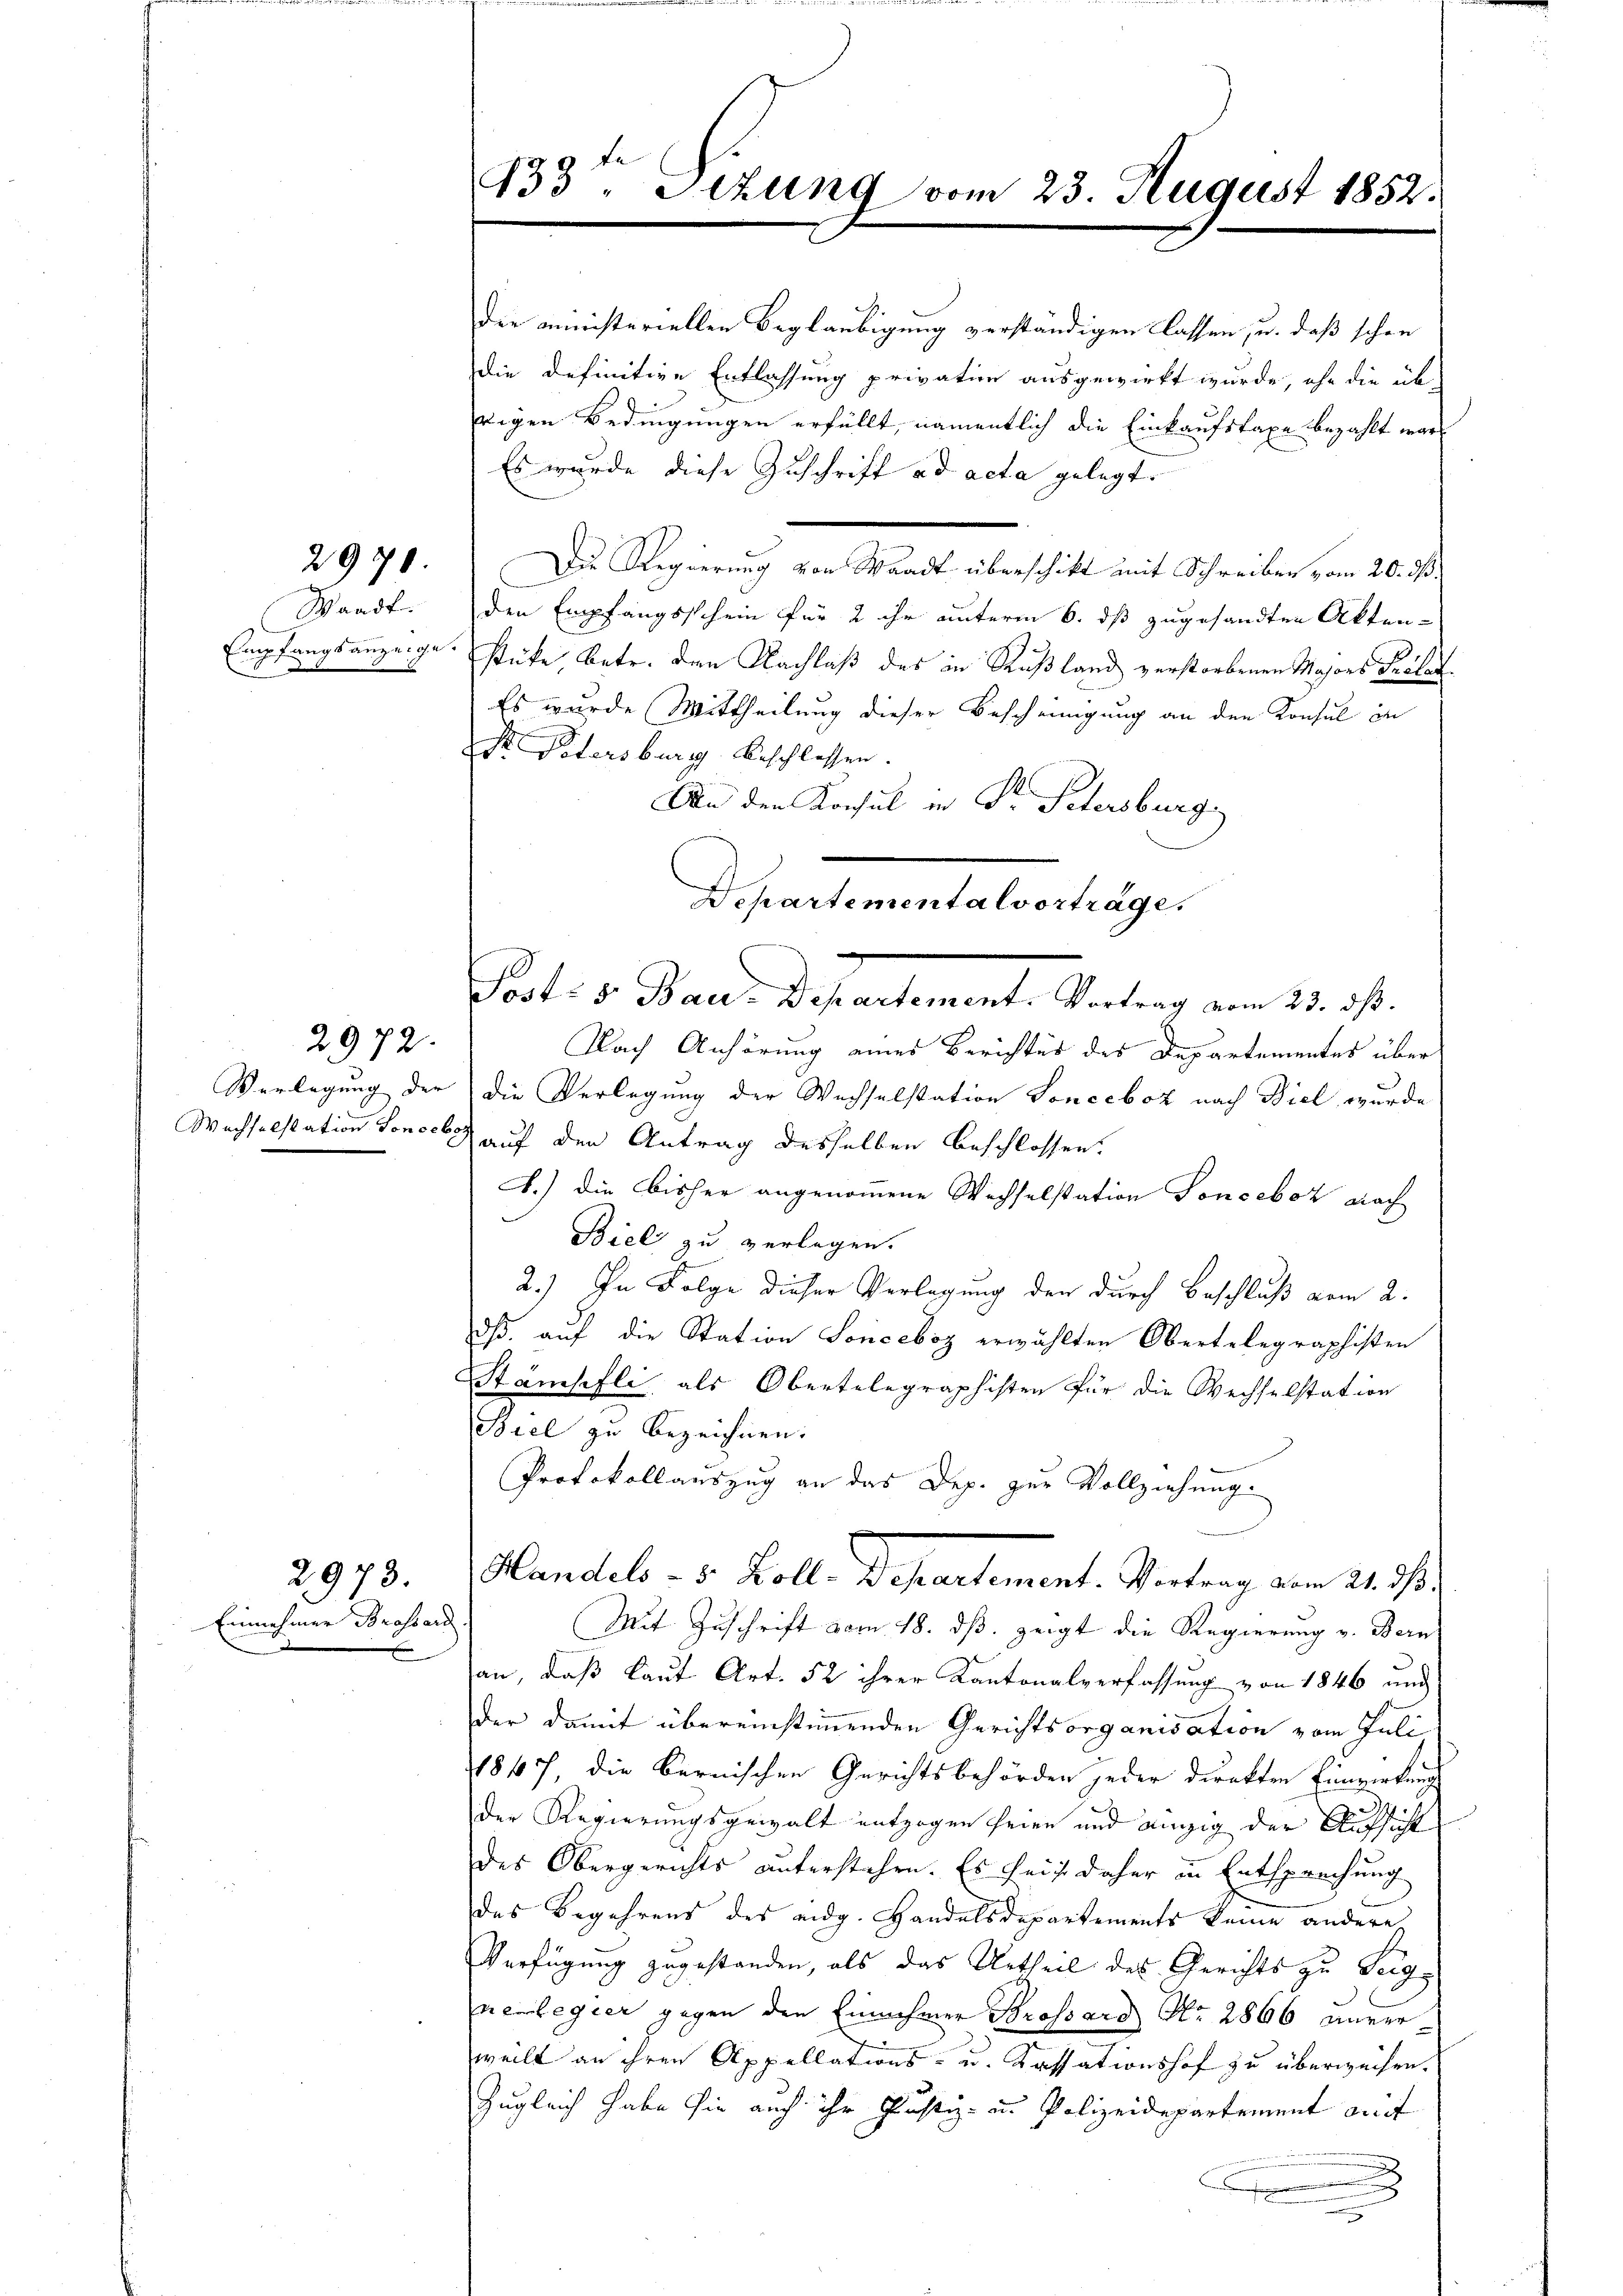
Waadt.
Empfangsanzeige.
9

2970.

2972.

2973.

Einnehmer Brossard

Die ministeriellen Beglaubigung verständigen lassen, u. daß schon
die definitive Entlassung privation ausgewirkt wurde, ohn die übrigen Bedingungen erfüllt, namentlich die Einkaufstaxe bezahlt war
Es wurde diese Zuschrift ad acta gelegt.
Die Regierung von Waadt überschikt mit Schreiben vom 20. ds.
den Empfangsschein für 2 ihr unterm 6. ds zugesandten Aktenstücke, betr. den Nachlaß des in Rußland verstorbenen Majors Präla
Es wurde Mittheilung dieser Bescheinigung an den Konsul in
Dr. Petersburg beschlossen.
An den Konsul in Dr. Petersburg,
Departementalvorträge.

133ten Sizung vom 23. August 1852.

Posts s. Baer-Departement. Vortrag vom 23. dβ.

Handels - 5. Koll. Departement. Vortrag vom 21. ds.

Nach Anhörung eines Berichter des Departementes über
Verlegung der die Verlegung der Wechselstation Sonceboz nach Biel wurde
Wachselstation Loncess auf den Antrag desselben beschlossen.
A.) Die bisher angenommene Wechselstation Tonoeboz nach
Biel zu verlegen.
2.) In Folge dieser Verlegung den durch Beschluß vom 2.
dß, auf die Station Sonceboz erwählten Obertelegraphisten
Stämpfli, als Obertelegraphisten für die Wechselstation
Biel zu bezeichnen.
Protokoll auszug an das Dep. zur Vollziehung.
Mit Zuschrift vom 18. ds. zeigt die Regierung v. Bern
an, daß laut Art. 52 ihrer Kantonalverfassung von 1846 und
der damit übereinstimmenden Gerichtsorganisation vom Juli
1847, die Bernischen Gerichtsbehörden jeder direkten Einwirkung
der Regierungsgewalt entzogen seien und einzig der Aufsicht
des Obergerichts unterstehen. Es seit daher in Entsprechung
das Begehrens des eidg. Handelsdepartements keine andere
Verfügung zugestanden, als das Urtheil des Gerichts zu Teigneilegier gegen den Einnehmer Brossard Nr. 2866 unver
weilt an ihren Appellations- u. Kassationshof zu überweisen.
Zugleich habe sie auch ihr Justiz- und Polizeidepartement auf
.
.